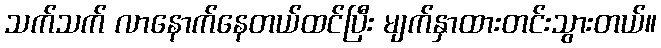
သက်သက် လာနောက်နေတယ်ထင်ပြီး မျက်နှာထားတင်းသွားတယ်။